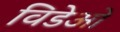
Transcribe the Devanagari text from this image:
विडेओ